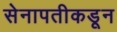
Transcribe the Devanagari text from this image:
सेनापतीकडून